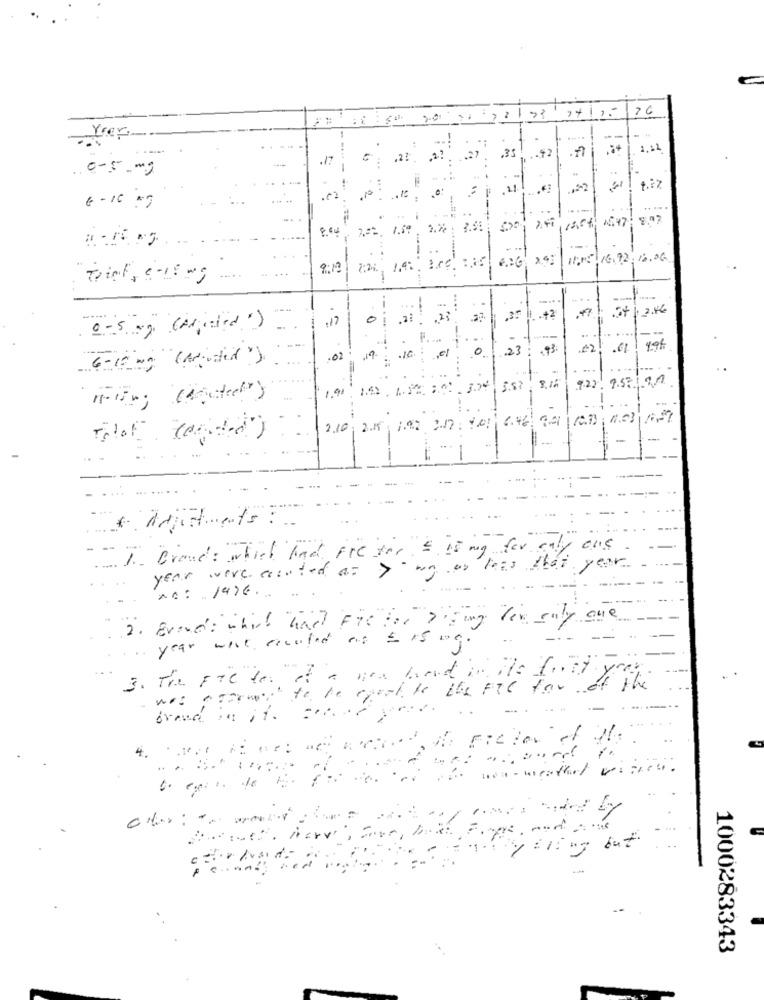
76
..
Yrer
./7
.35
1. .. 92
0-5 mg
4.27
2
6 - 10 09
-- - --
4:47: 8,07
1.59
2.22 : 3.50
8.04
2 ,= 2
---
---
1:15 16.92. 16.06
2:24
1.4
6.26
Print, 0-15 mg
..
-
-
...
:17
0
=
.35 |1. . +2
0-5 mg (oriented")
F ....
2
. ..
...
.. .
--
0
23
.93.
.22
19h
6-10 mg ( muted ").
.02
. ..
1.91
162 . 18 :0 374
5.87 . 8.16
922, 95/91
2.10 2.15 192 217: 101 6.4 94 103 433 127
- -
..
adjustments :
for
1. Brand: which had Fre for = is
year
year were counted a= >
no: 1476 .. ..
2. Evenos which had Fre for Diging for only are
·year west eccoled os = 15 mg
3. The FTC der of a new land in the first your
to be sport be the FCC for of the
..
brand be it zonety
....
..
Azor:
4.
non - weather vision .
ny aring but
1000283343